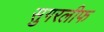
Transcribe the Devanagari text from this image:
सुगरलीफ